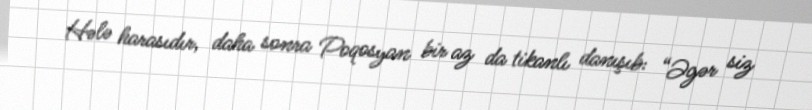
Hələ harasıdır, daha sonra Poqosyan bir az da tikanlı danışıb: “Əgər siz